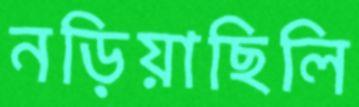
নড়িয়াছিলি